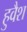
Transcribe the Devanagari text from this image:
हुवैश